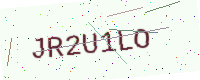
Text: JR2U1LO